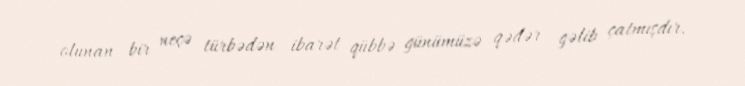
olunan bir neçə türbədən ibarət qübbə günümüzə qədər gəlib çatmışdır.